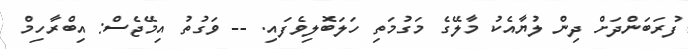
ފުރަބަންދަށް ދިން ލުޔާއެކު މާލޭގެ މަގުމަތި ހަލަބޮލިވެފައި. -- ވަގުތު އިމޭޖެސް: އިބްރާހިމް